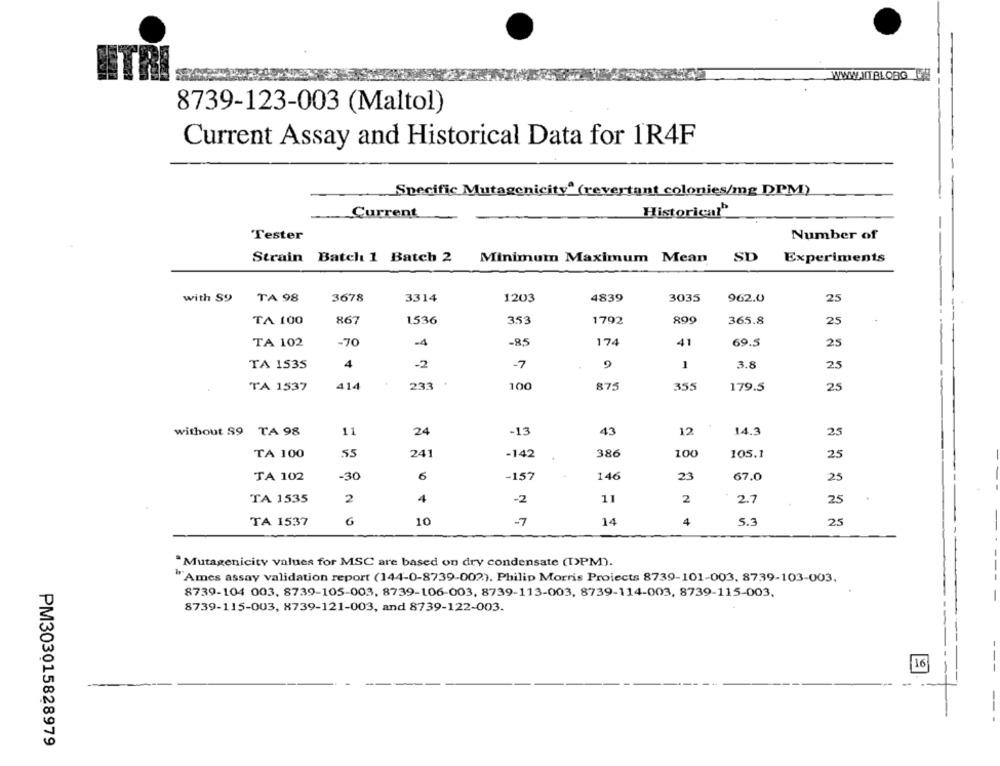
WWWAITBLOBG E
8739-123-003 (Maltol)
Current Assay and Historical Data for 1R4F
Specific Mutagenicity" (revertant colonies/mg DPM)
Historical'
Current
Tester
Number of
Strain Batch 1 Batch 2
Minimum Maximum Mean SD Experiments
with S9
TA 98
3678
3314
1203
4839
3035
962.0
25
TA 100
867
1,536
353
1792
890
365.8
25
TA 102
-70
-4
-85
174
41
69.5
25
TA 1535
4
-2
-7
1
3.8
25
TA 1537
414
233
100
875
355
179.5
25
12
without 39 TA 98
11
24
-13
43
14.3
25
TA 100
55
241
386
100
-142
105.1
25
-30
6
-157
146
23
TA 102
67.0
25
TA 1535
2
4
-2
11
2
25
2.7
TA 1537
G
10
-7
14
4
5.3
25
"Mutagenicity values for MSC are based on dry condensate (TPM).
"Ames assay validation report (144-0-8739-002). Philip Morris Projects 8739-101-003, 8739-103-003.
8739-104 003, 8739-105-003, 8739-106-003, 8739-113-003, 8739-114-003, 8739-115-003,
8739-115-003, 8739-121-003, and 8739-122-003.
16
PM303015828979